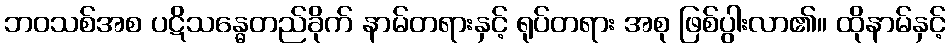
ဘဝသစ်အစ ပဋိသန္ဓေတည်ခိုက် နာမ်တရားနှင့် ရုပ်တရား အစု ဖြစ်ပွါးလာ၏။ ထိုနာမ်နှင့်